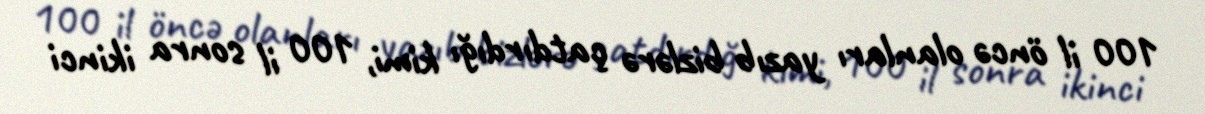
100 il öncə olanları yazıb bizlərə çatdırdığı kimi, 100 il sonra ikinci